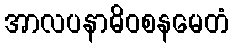
အာလပနာဓိဝစနမေတံ